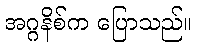
အဂ္ဂနိစ်က ပြောသည်။